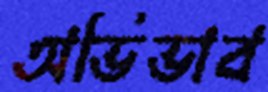
অভিভাব